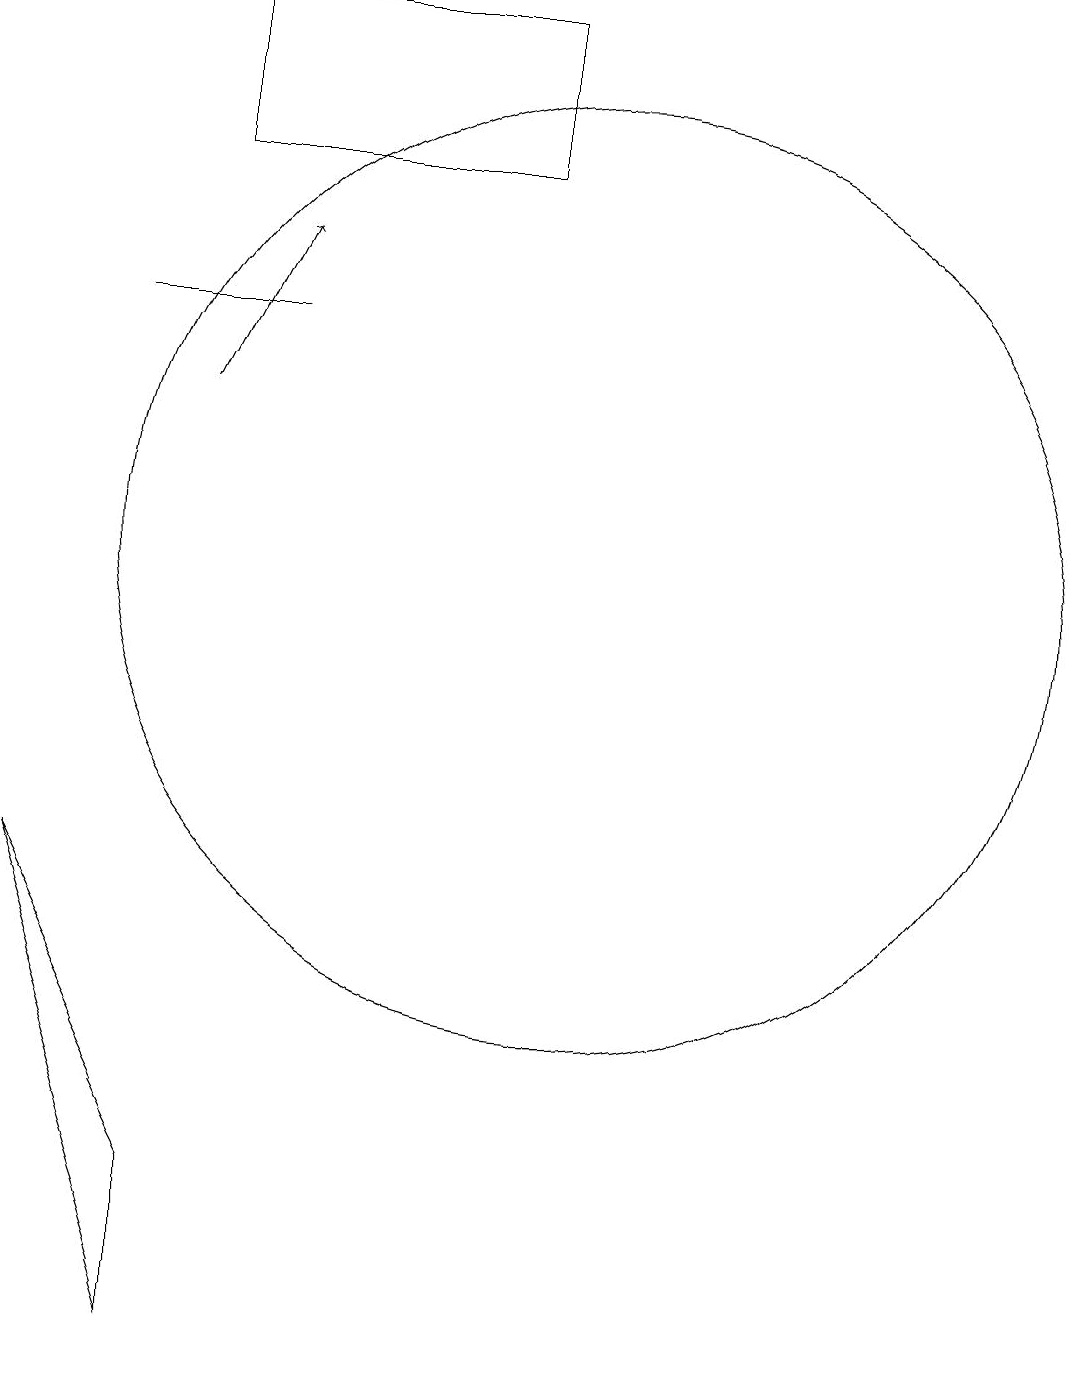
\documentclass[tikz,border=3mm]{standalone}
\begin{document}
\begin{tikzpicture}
\draw (4,14) rectangle (6,14);
\draw[->] (5,13) -- (6,15);
\draw (10,11) circle (6);
\draw (3,7) -- (5,3) -- (5,1) -- cycle;
\draw (5,18) rectangle (9,16);
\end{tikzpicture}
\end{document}